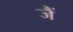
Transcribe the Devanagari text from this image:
जैं